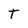
Character: T